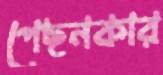
পেছনকার